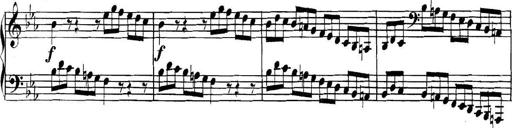
Title: Collected Piano Sonatas
Composer: Muzio Clementi